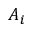
A _ { i }